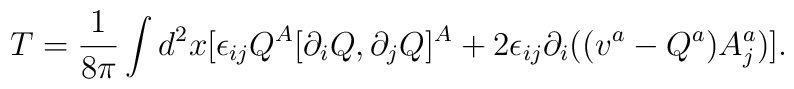
T=\frac{1}{8\pi}\int d^2x[\epsilon_{ij}Q^A [\partial_iQ, \partial_jQ]^A+2\epsilon_{ij}\partial_i((v^a-Q^a)A^a_j)] .